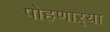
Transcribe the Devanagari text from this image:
पोहणाऱ्या